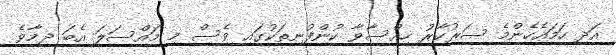
އަދި ހަމައެހެންމެ ސަރުކާރު ހިއްސާވާ ކުންފުނިތަކުގައި ވެސް މި މައްސަލަ އެބަ ދިމާވެ